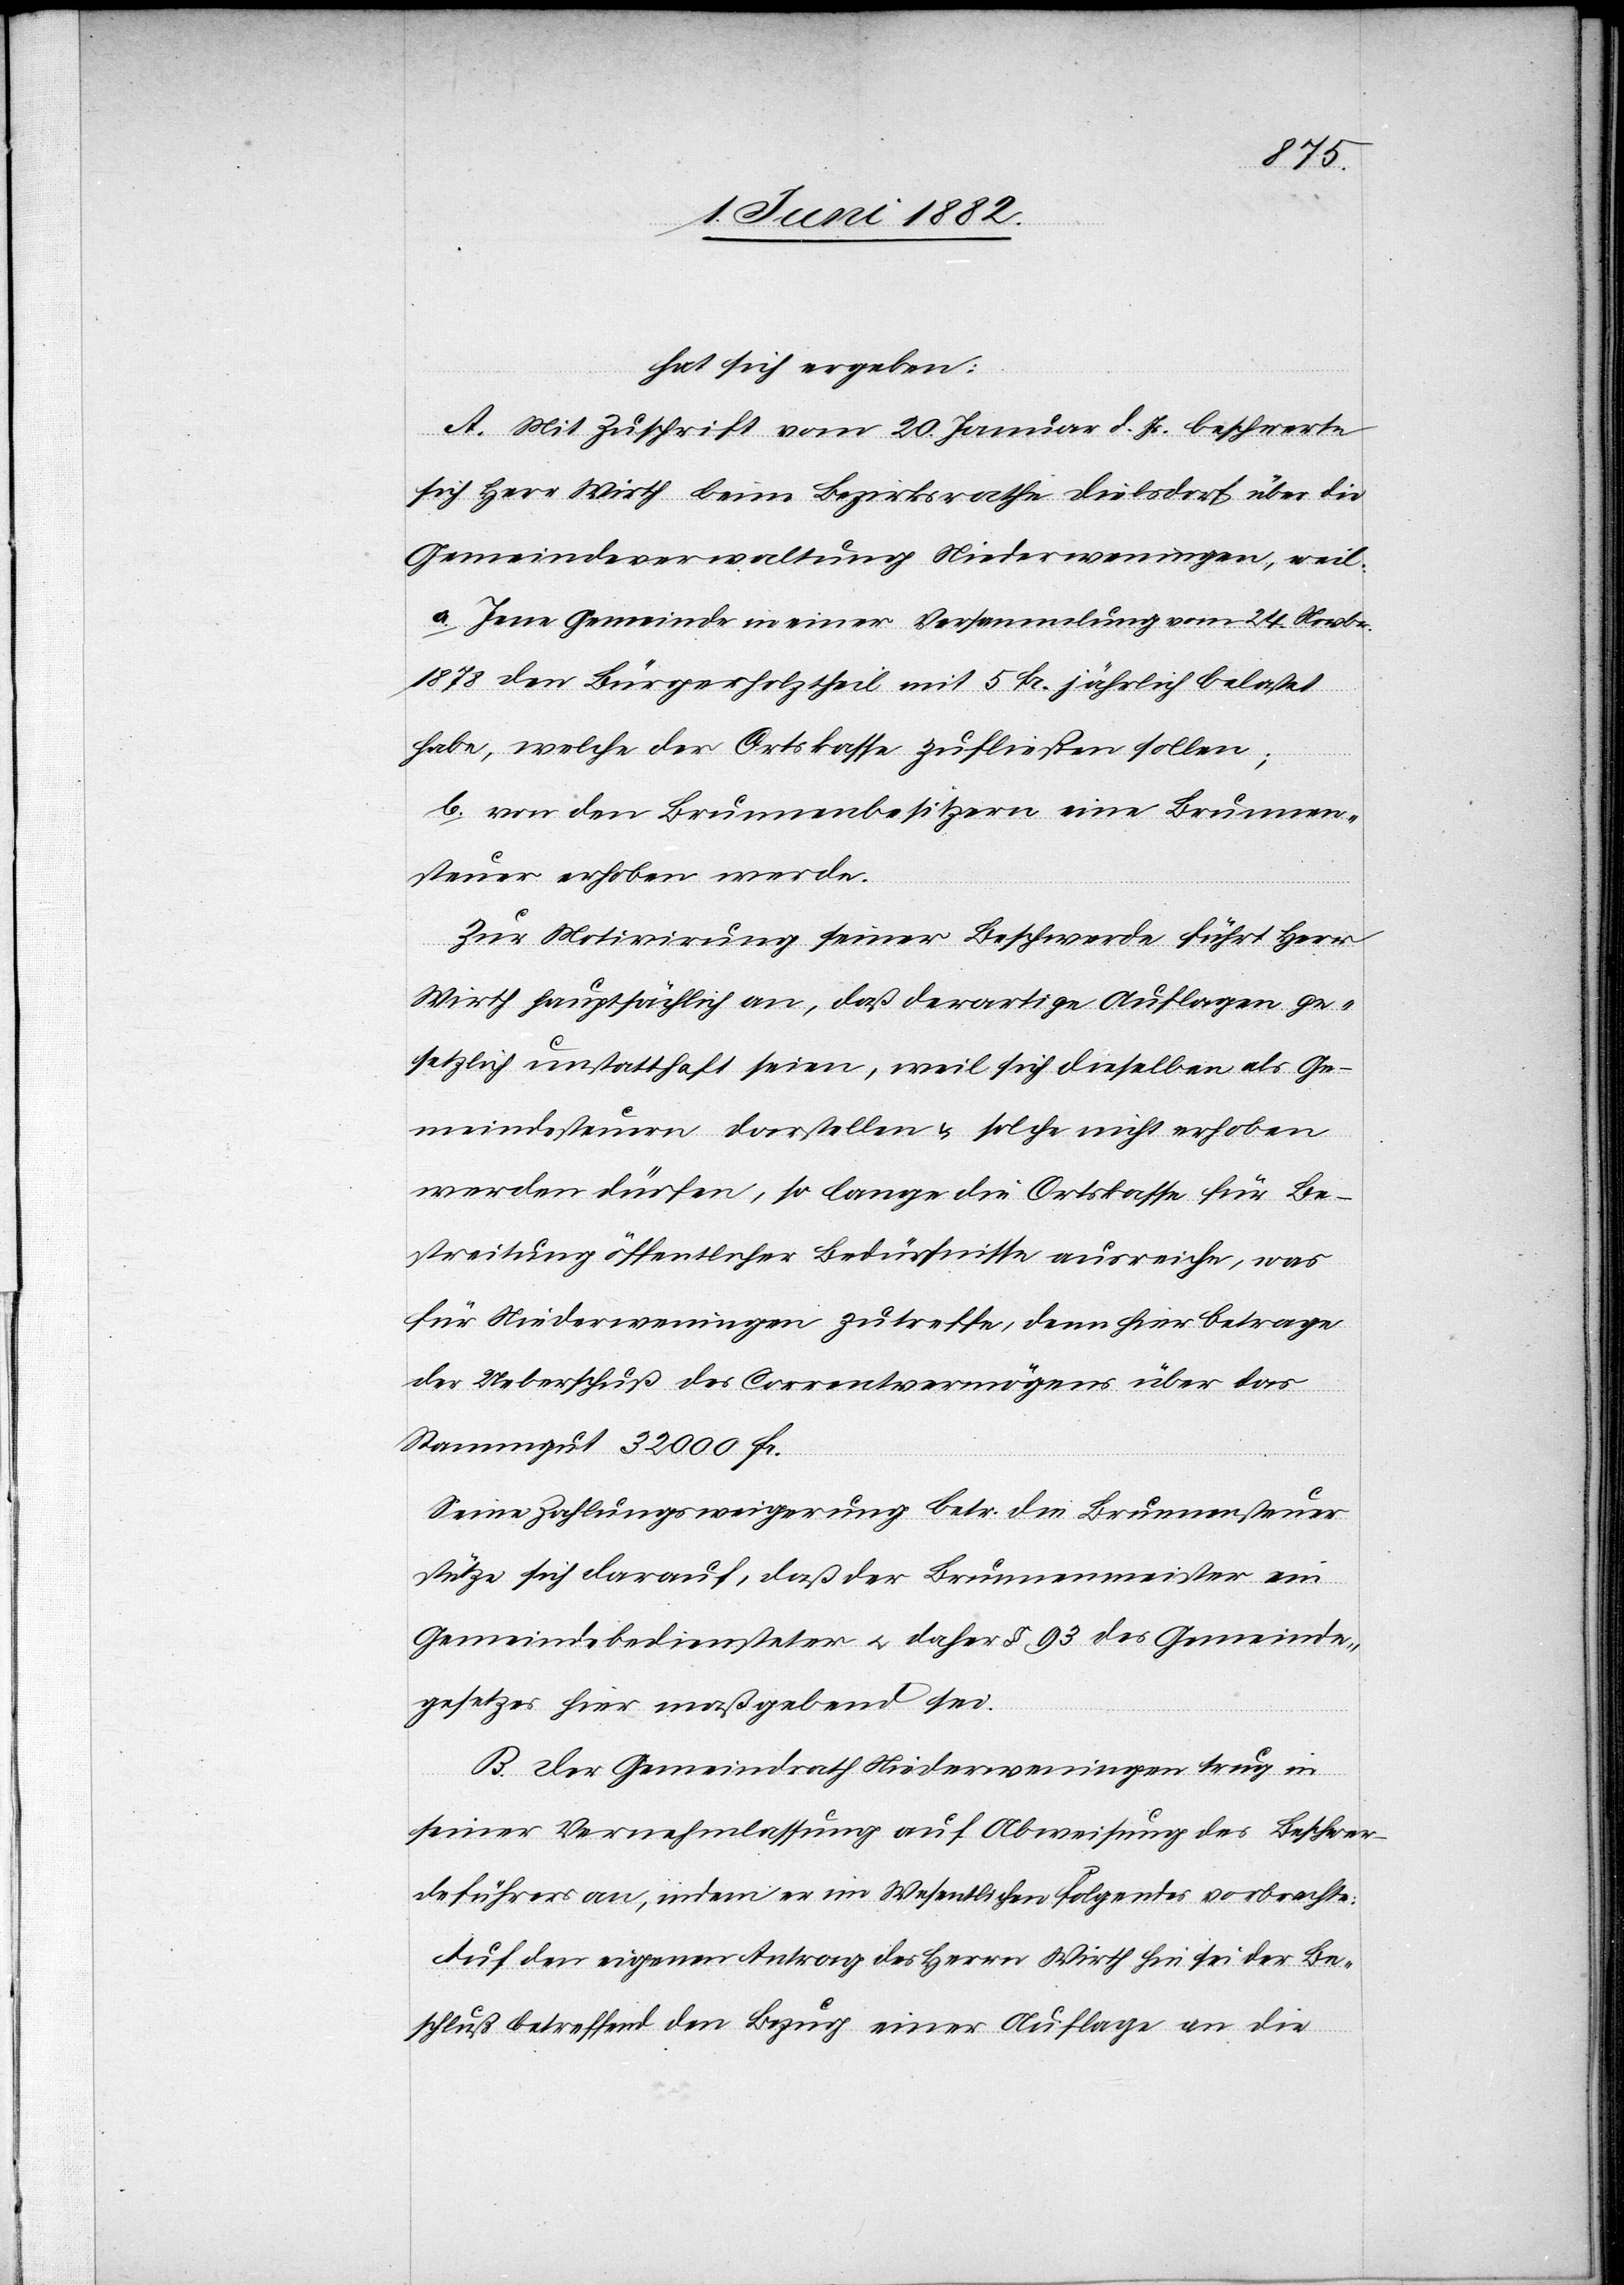
hat sich ergeben:
A. mit Zuschrift vom 20. Januar d. Js. beschwerte
sich Herr Wirth beim Bezirksrathe Dielsdorf über die
Gemeindeverwaltung Niederweningen, weil:
a. Jene Gemeinde in einer Versammlung vom 24. Novbr.
1878 den Bürgerholztheil mit 5 Fr. jährlich belastet
habe, welche der Ortskasse zufließen sollen;
b. von den Brunnenbesitzern eine Brunnen¬
steuer erhoben werde.
Zur Motivirung seiner Beschwerde führt Herr
Wirth hauptsächlich an, daß derartige Auflagen ge¬
setzlich unstatthaft seien, weil sich dieselben als Ge¬
meindesteuern darstellen & solche nicht erhoben
werden dürfen, so lange die Ortskasse für Be¬
streitung öffentlicher Bedürfnisse ausreiche, was
für Niederweningen zutreffe, denn hier betrage
der Ueberschuß des Correntvermögens über das
Stammgut 32 000 Fr.
Seine Zahlungsweigerung betr. die Brunnensteuer
stütze sich darauf, daß der Brunnenmeister ein
Gemeindebediensteter u. daher § 93 des Gemeinde¬
gesetzes hier maßgebend sei.
B. Der Gemeindrath Niederweningen trug in
seiner Vernehmlassung auf Abweisung des Beschwer¬
deführers an, indem er im Wesentlichen Folgendes vorbrachte:
Auf den eigenen Antrag des Herrn Wirth hin sei der Be¬
schluß betreffend den Bezug einer Auflage an die